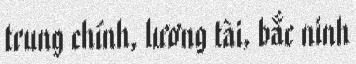
trung chính, lương tài, bắc ninh